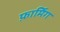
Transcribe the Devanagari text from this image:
फ़ार्मिंग